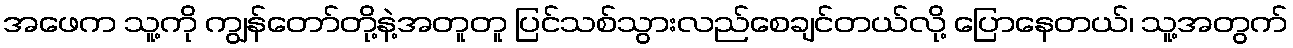
အဖေက သူ့ကို ကျွန်တော်တို့နဲ့အတူတူ ပြင်သစ်သွားလည်စေချင်တယ်လို့ ပြောနေတယ်၊ သူ့အတွက်